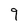
Character: 9